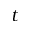
t